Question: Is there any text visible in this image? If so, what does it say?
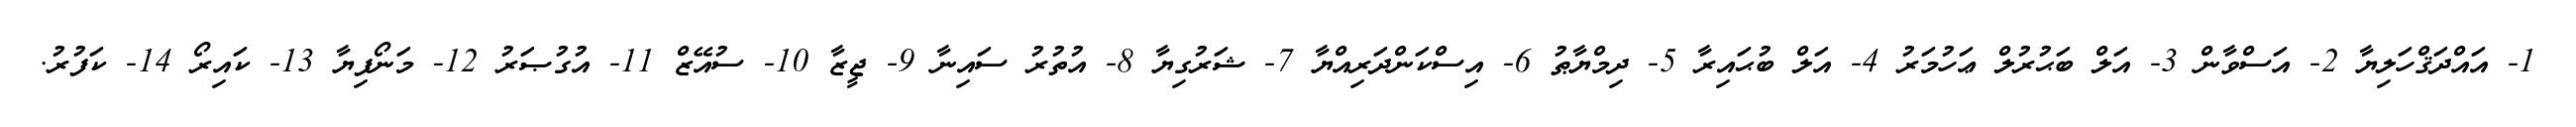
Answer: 1- އައްދަޤްހަލިޔާ 2- އަސްވާން 3- އަލް ބަޙުރުލް ޢަހުމަރު 4- އަލް ބުޙައިރާ 5- ދިމްޔާޠު 6- އިސްކަންދަރިއްޔާ 7- ޝަރުގިޔާ 8- އުތުރު ސައިނާ 9- ޖީޒާ 10- ސުއޭޒް 11- އުގުޞަރު 12- މަނޯފިޔާ 13- ކައިރޯ 14- ކަފުރު.